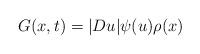
LaTeX: \begin{align*} G(x,t) = |D u|\psi (u)\rho (x)\end{align*}